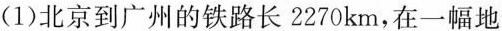
(1)北京到广州的铁路长2270km，在一幅地